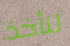
لنأخذ